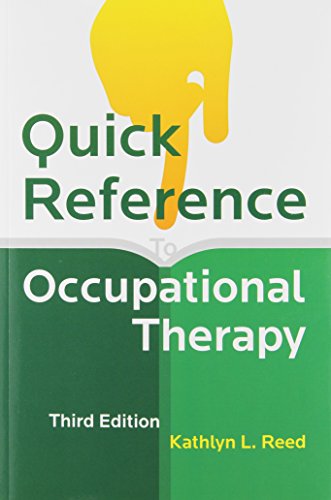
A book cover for Quick Reference to Occupational Therapy [With CDROM]; Kathlyn L. Reed; Medical Books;